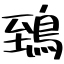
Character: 鵄